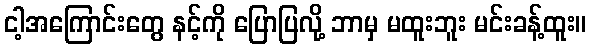
ငါ့အကြောင်းတွေ နင့်ကို ပြောပြလို့ ဘာမှ မထူးဘူး မင်းခန့်ထူး။